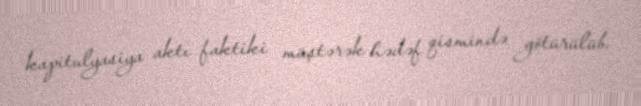
kapitulyasiya aktı faktiki müştərək hədəf qismində götürülüb.